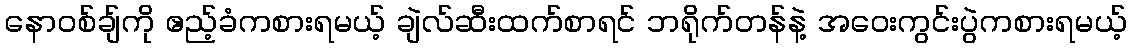
နောဝစ်ချ်ကို ဧည့်ခံကစားရမယ့် ချဲလ်ဆီးထက်စာရင် ဘရိုက်တန်နဲ့ အဝေးကွင်းပွဲကစားရမယ့်